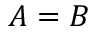
A = B